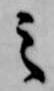
之